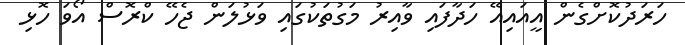
ހަރަދުކޮށްގެން އީއައިއޭ ހަދާފައި ވާއިރު މަގުތަކުގައި ވަޅުލަން ޖެހޭ ކްރޮސް އޯވަ ހޮޅި